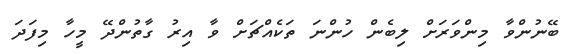
ބޭނުންވާ މިންވަރަށް ލިބެން ހުންނަ ތަކެއްޗަށް ވާ އިރު ގާތުންދޭ މީހާ މިފަދަ